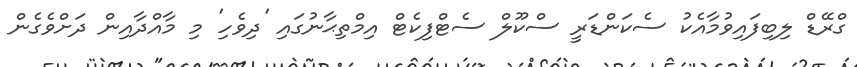
ގްރޭޑް ލިބިފައިވުމާއެކު ސެކަންޑަރީ ސްކޫލް ސެޓްފިކެޓް އިމްތިޙާނުގައި 'ދިވެހި' މި މާއްދާއިން ދަށްވެގެން